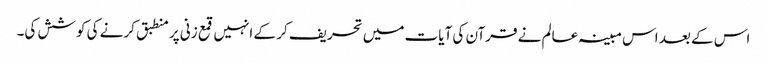
اس کے بعد اس مبینہ عالم نے قرآن کی آیات میں تحریف کر کے انہیں قمع زنی پر منطبق کرنے کی کوشش کی۔